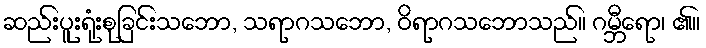
ဆည်းပူးရုံးစုခြင်းသဘော, သရာဂသဘော, ဝိရာဂသဘောသည်။ ဂမ္ဘီရော၊ ၏။